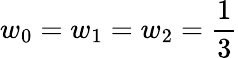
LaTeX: w_{0}=w_{1}=w_{2}=\frac 13